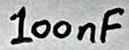
Text: 100nF